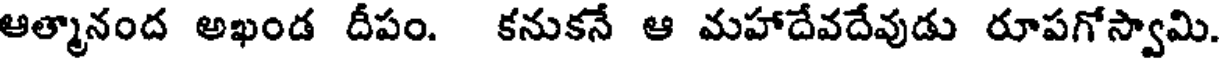
ఆత్మానంద అఖండ దీపం. కనుకనే ఆ మహాదేవదేవుడు రూపగోస్వామి.